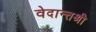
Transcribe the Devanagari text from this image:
वेदान्तश्री